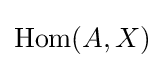
\operatorname {Hom} (A,X)